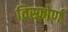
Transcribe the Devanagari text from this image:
विस्फोर्ण